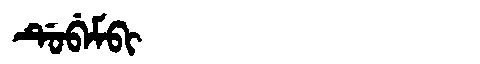
Manchu: ᡩᡠᠪᡝᠮᠪᡳ
Romanization: DUBEMBI